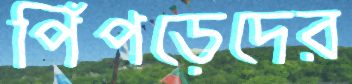
পিঁপড়েদের